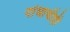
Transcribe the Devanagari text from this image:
गांधाचीही